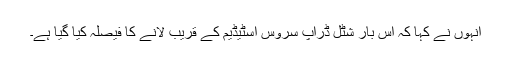
انہوں نے کہا کہ اس بار شٹل ڈراپ سروس اسٹیڈیم کے قریب لانے کا فیصلہ کیا گیا ہے۔